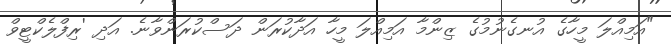
"އަމިއްލަ މީހާގެ އުނގެނުމުގެ ޒިންމާ އަމިއްލަ މީހާ އަދާކުރަން ދަސްކުރަންވާނެ. އަދި 'ރިފްލެކްޓީވް